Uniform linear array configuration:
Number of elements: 8
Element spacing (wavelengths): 0.25
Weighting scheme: kaiser
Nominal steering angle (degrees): -30
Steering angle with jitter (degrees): -28.408
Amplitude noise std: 0.05
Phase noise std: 0.05

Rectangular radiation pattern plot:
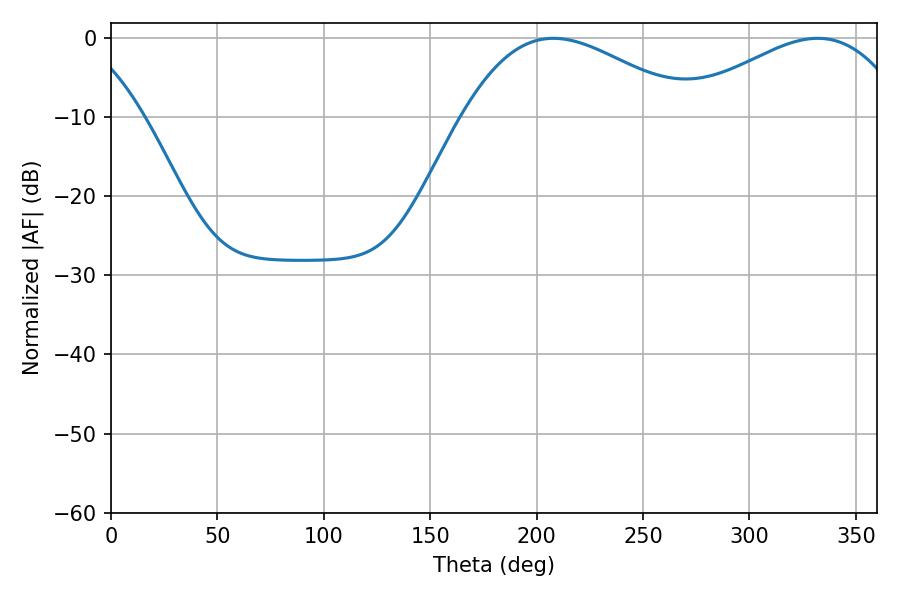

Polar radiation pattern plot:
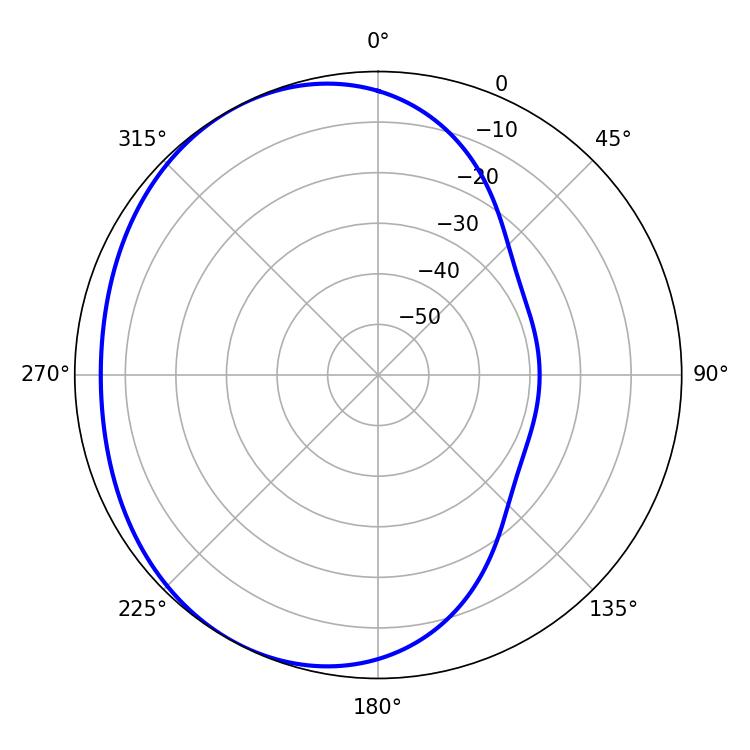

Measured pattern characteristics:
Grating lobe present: FALSE
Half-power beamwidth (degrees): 58.14
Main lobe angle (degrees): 207.9